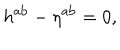
h ^ { \mathrm { a b } } - \eta ^ { \mathrm { a b } } = 0 ,